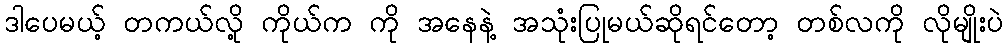
ဒါပေမယ့် တကယ်လို့ ကိုယ်က ကို အနေနဲ့ အသုံးပြုမယ်ဆိုရင်တော့ တစ်လကို လိုမျိုးပဲ